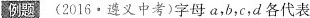
例题 （2016·遵义中考）字母a,b,c,d各代表